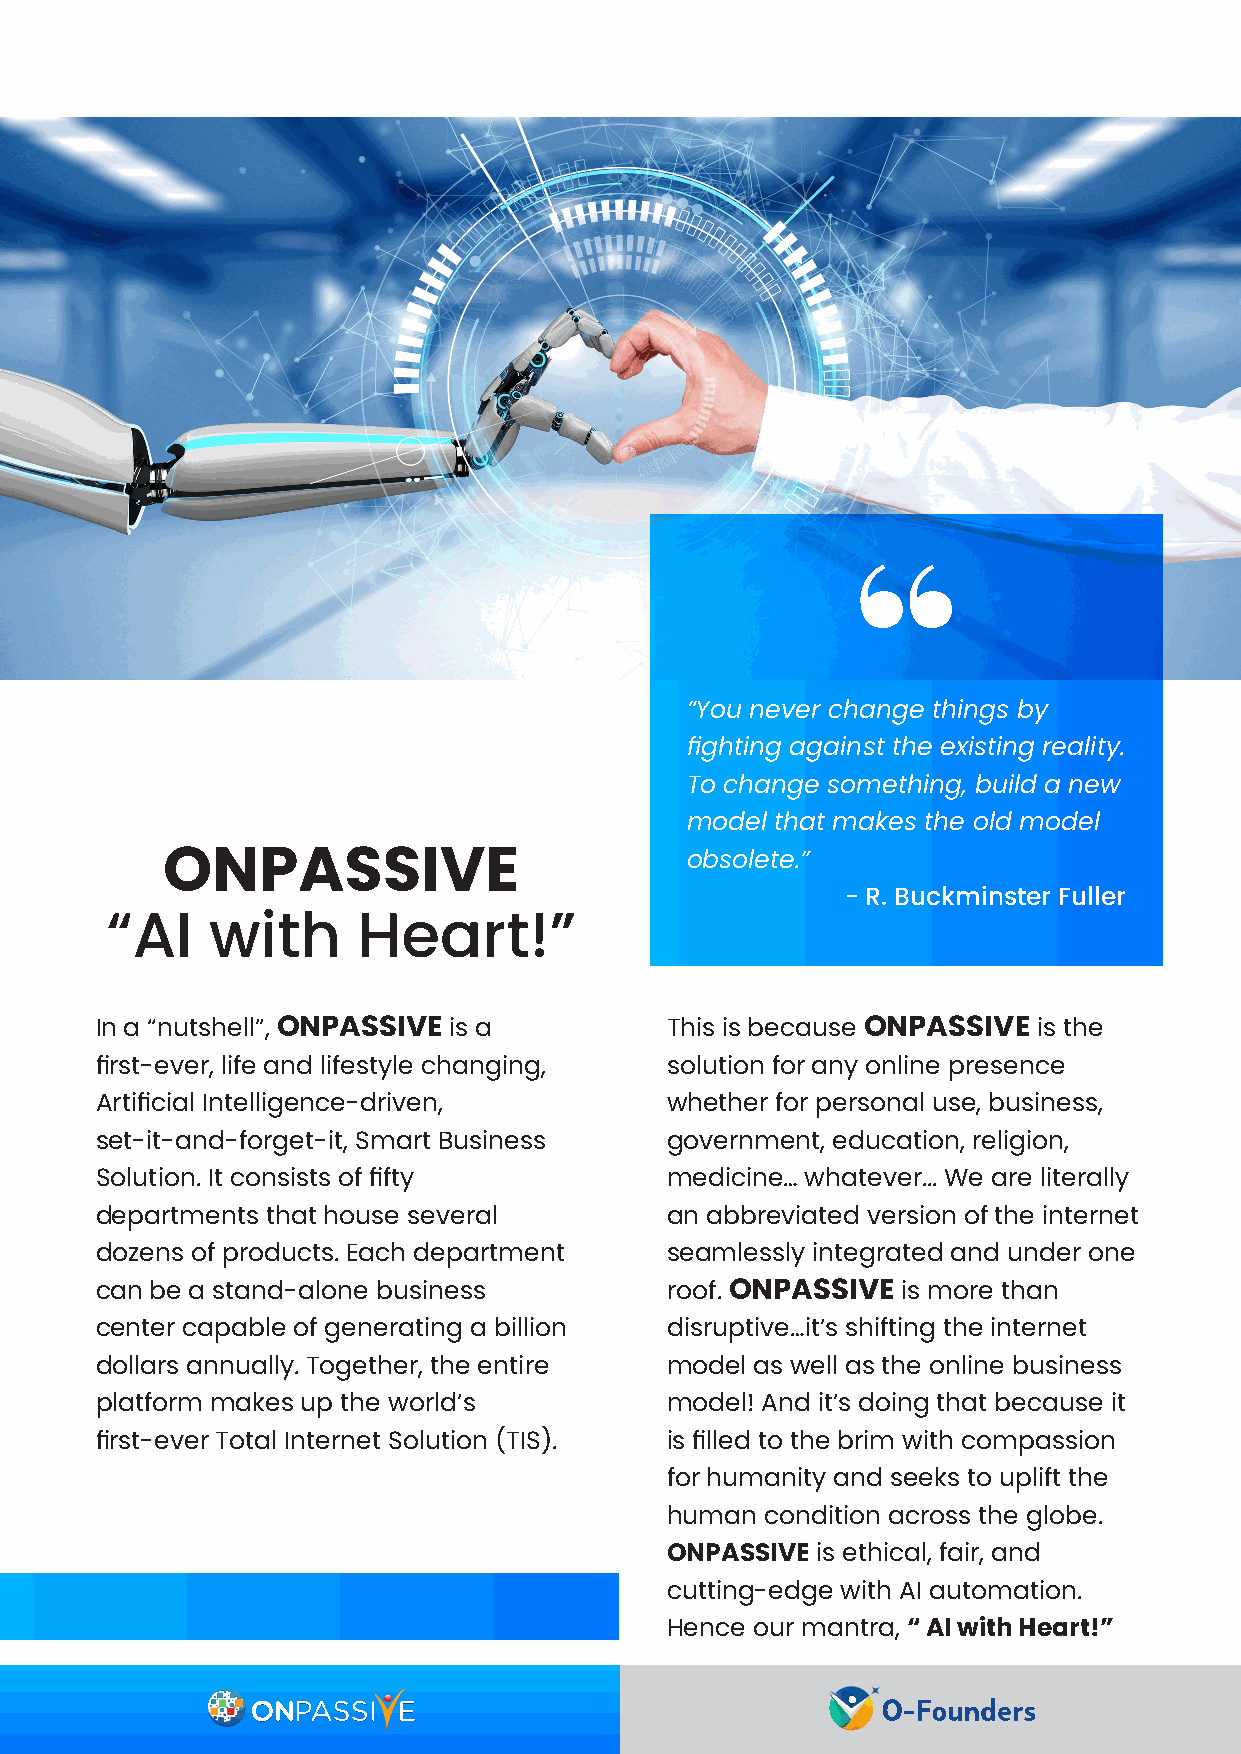
“You never change things by
 fighting against the existing reality.
 To change something, build a new
 model that makes the old model
 obsolete.”
 ONPASSIVE
 - R. Buckminster Fuller
 “AI    with      Heart!”
 In a “nutshell”, ONPASSIVE is a       This is because ONPASSIVE is the
 first-ever, life and lifestyle changing, solution for any online presence
 Artificial Intelligence-driven,       whether for personal use, business,
 set-it-and-forget-it, Smart Business  government, education, religion,
 Solution. It consists of fifty        medicine… whatever... We are literally
 departments that house several        an abbreviated version of the internet
 dozens of products. Each department   seamlessly integrated and under one
 can be a stand-alone business         roof. ONPASSIVE is more than
 center capable of generating a billion disruptive…it’s shifting the internet
 dollars annually. Together, the entire model as well as the online business
 platform makes up the world’s         model! And it’s doing that because it
 first-ever Total Internet Solution (TIS). is filled to the brim with compassion
 for humanity and seeks to uplift the
 human  condition across the globe.
 ONPASSIVE is ethical, fair, and
 cutting-edge with AI automation.
 Hence our mantra, “ AI with Heart!”